Mental hospitals Bombay report 1921-28 - 1921-1928
Year: 1921
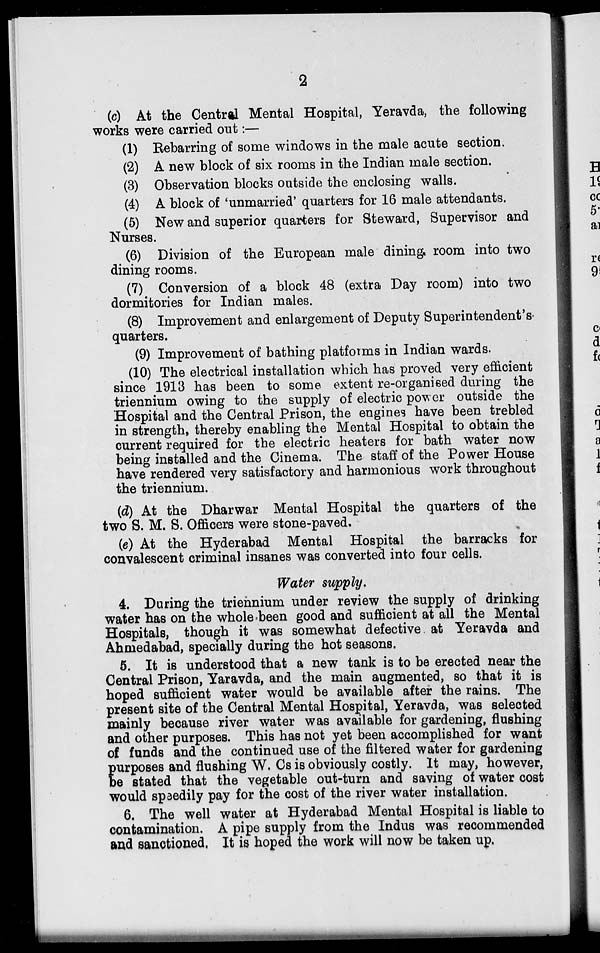
2
(c) At the Central Mental Hospital, Yeravda, the following
works were carried out :—
(1) Rebarring of some windows in the male acute section.
(2) A new block of six rooms in the Indian male section.
(3) Observation blocks outside the enclosing walls.
(4) A block of 'unmarried' quarters for 16 male attendants.
(5) New and superior quarters for Steward, Supervisor and
Nurses.
(6) Division of the European male dining room into two
dining rooms.
(7) Conversion of a block 48 (extra Day room) into two
dormitories for Indian males.
(8) Improvement and enlargement of Deputy Superintendent's
quarters.
(9) Improvement of bathing platforms in Indian wards.
(10) The electrical installation which has proved very efficient
since 1913 has been to some extent re-organised during the
triennium owing to the supply of electric power outside the
Hospital and the Central Prison, the engines have been trebled
in strength, thereby enabling the Mental Hospital to obtain the
current required for the electric heaters for bath water now
being installed and the Cinema. The staff of the Power House
have rendered very satisfactory and harmonious work throughout
the triennium.
(d) At the Dharwar Mental Hospital the quarters of the
two S. M. S. Officers were stone-paved.
(e) At the Hyderabad Mental Hospital the barracks for
convalescent criminal insanes was converted into four cells.
Water supply.
4. During the triennium under review the supply of drinking
water has on the whole been good and sufficient at all the Mental
Hospitals, though it was somewhat defective at Yeravda and
Ahmedabad, specially during the hot seasons.
5. It is understood that a new tank is to be erected near the
Central Prison, Yaravda, and the main augmented, so that it is
hoped sufficient water would be available after the rains. The
present site of the Central Mental Hospital, Yeravda, was selected
mainly because river water was available for gardening, flushing
and other purposes. This has not yet been accomplished for want
of funds and the continued use of the filtered water for gardening
p urposes and flushing W. Cs is obviously costly. It may, however,
be stated that the vegetable out-turn and saving of water cost
would speedily pay for the cost of the river water installation.
6. The well water at Hyderabad Mental Hospital is liable to
contamination. A pipe supply from the Indus was recommended
and sanctioned. It is hoped the work will now be taken up.